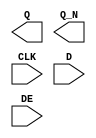
module sky130_fd_sc_lp__edfxbp (
    Q  ,
    Q_N,
    CLK,
    D  ,
    DE
);

    output Q  ;
    output Q_N;
    input  CLK;
    input  D  ;
    input  DE ;

    // Voltage supply signals
    supply1 VPWR;
    supply0 VGND;
    supply1 VPB ;
    supply0 VNB ;

endmodule